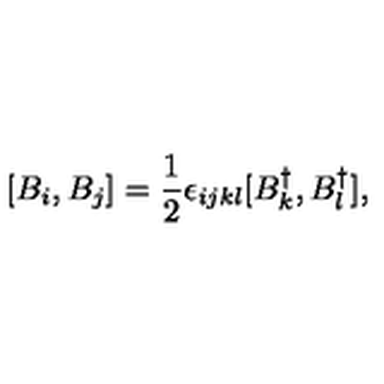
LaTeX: [ B _ { i } , B _ { j } ] = \frac { 1 } { 2 } \epsilon _ { i j k l } [ B _ { k } ^ { \dagger } , B _ { l } ^ { \dagger } ] ,